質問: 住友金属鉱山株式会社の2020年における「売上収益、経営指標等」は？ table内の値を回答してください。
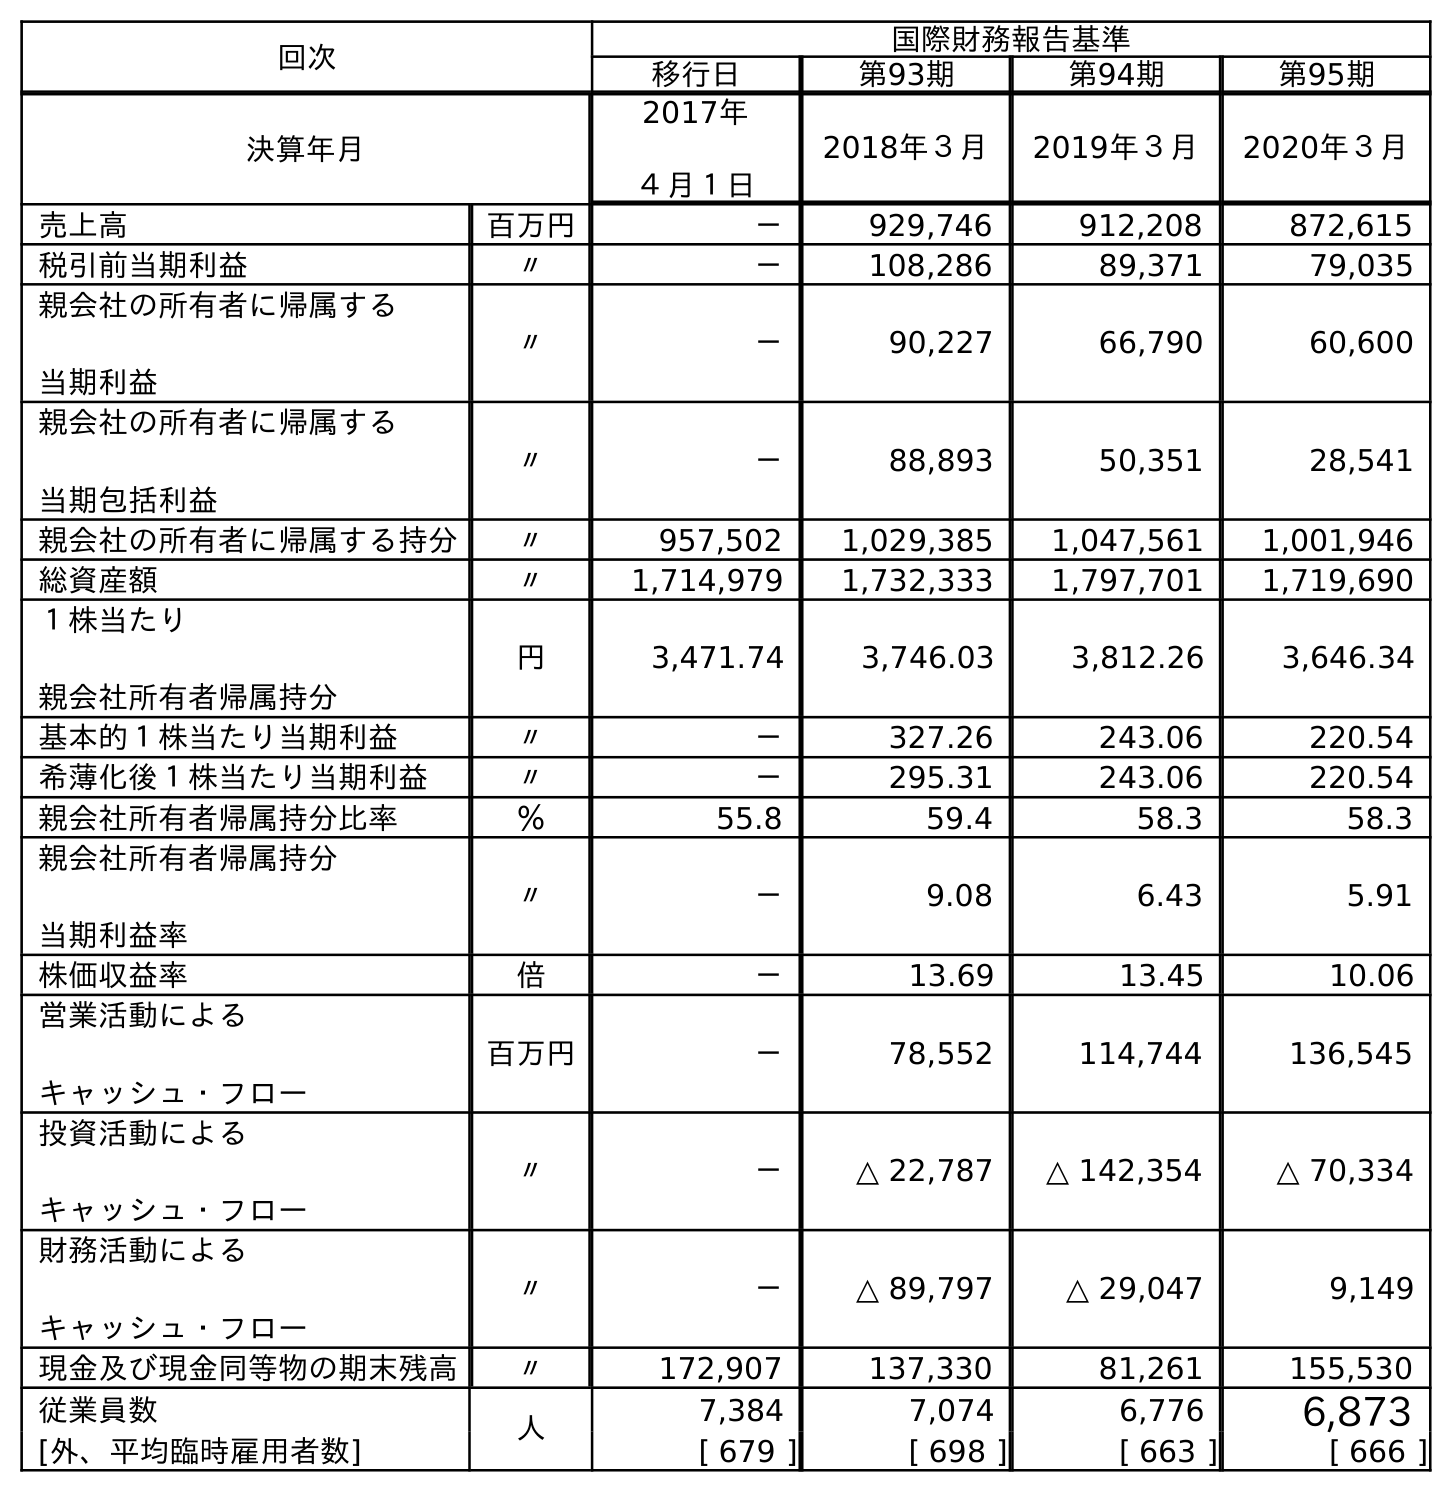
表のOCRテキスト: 回次 国際財務報告基準 移行日 第93期 第94期 第95期 決算年月 2017年 ４月１日 2018年３月 2019年３月 2020年３月 売上高 百万円 － 929,746 912,208 872,615 税引前当期利益 〃 － 108,286 89,371 79,035 親会社の所有者に帰属する 当期利益 〃 － 90,227 66,790 60,600 親会社の所有者に帰属する 当期包括利益 〃 － 88,893 50,351 28,541 親会社の所有者に帰属する持分 〃 957,502 1,029,385 1,047,561 1,001,946 総資産額 〃 1,714,979 1,732,333 1,797,701 1,719,690 １株当たり 親会社所有者帰属持分 円 3,471.74 3,746.03 3,812.26 3,646.34 基本的１株当たり当期利益 〃 － 327.26 243.06 220.54 希薄化後１株当たり当期利益 〃 － 295.31 243.06 220.54 親会社所有者帰属持分比率 ％ 55.8 59.4 58.3 58.3 親会社所有者帰属持分 当期利益率 〃 － 9.08 6.43 5.91 株価収益率 倍 － 13.69 13.45 10.06 営業活動による キャッシュ・フロー 百万円 － 78,552 114,744 136,545 投資活動による キャッシュ・フロー 〃 － △ 22,787 △ 142,354 △ 70,334 財務活動による キャッシュ・フロー 〃 － △ 89,797 △ 29,047 9,149 現金及び現金同等物の期末残高 〃 172,907 137,330 81,261 155,530 従業員数 人 7,384 7,074 6,776 6,873 [外、平均臨時雇用者数] [ 679 ] [ 698 ] [ 663 ] [ 666 ]
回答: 872,615